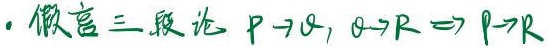
. 假言三段论 \(P\rightarrow Q, Q\rightarrow R\Rightarrow P\rightarrow R\)